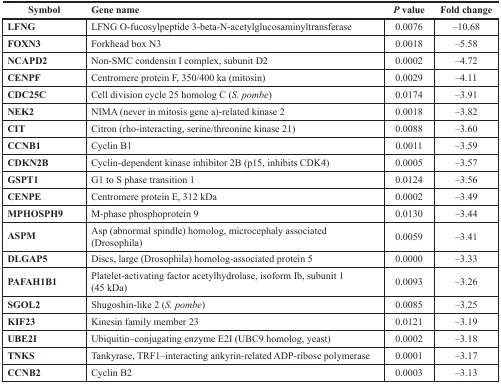
| Symbol | Gene name | P value | Fold change |
 | --- | --- | --- | --- |
 | LFNG | LFNG O-fucosylpeptide 3-beta-N-acetylglucosaminyltransferase | 0.0076 | −10.68 |
 | FOXN3 | Forkhead box N3 | 0.0018 | −5.58 |
 | NCAPD2 | Non-SMC condensin I complex, subunit D2 | 0.0002 | −4.72 |
 | CENPF | Centromere protein F, 350/400 ka (mitosin) | 0.0029 | −4.11 |
 | CDC25C | Cell division cycle 25 homolog C (S. pombe) | 0.0174 | −3.91 |
 | NEK2 | NIMA (never in mitosis gene a)-related kinase 2 | 0.0018 | −3.82 |
 | CIT | Citron (rho-interacting, serine/threonine kinase 21) | 0.0088 | −3.60 |
 | CCNB1 | Cyclin B1 | 0.0011 | −3.59 |
 | CDKN2B | Cyclin-dependent kinase inhibitor 2B (p15, inhibits CDK4) | 0.0005 | −3.57 |
 | GSPT1 | G1 to S phase transition 1 | 0.0124 | −3.56 |
 | CENPE | Centromere protein E, 312 kDa | 0.0002 | −3.49 |
 | MPHOSPH9 | M-phase phosphoprotein 9 | 0.0130 | −3.44 |
 | ASPM | Asp (abnormal spindle) homolog, microcephaly associated (Drosophila) | 0.0059 | −3.41 |
 | DLGAP5 | Discs, large (Drosophila) homolog-associated protein 5 | 0.0000 | −3.33 |
 | PAFAH1B1 | Platelet-activating factor acetylhydrolase, isoform Ib, subunit 1 (45 kDa) | 0.0093 | −3.26 |
 | SGOL2 | Shugoshin-like 2 (S. pombe) | 0.0085 | −3.25 |
 | KIF23 | Kinesin family member 23 | 0.0121 | −3.19 |
 | UBE2I | Ubiquitin–conjugating enzyme E2I (UBC9 homolog, yeast) | 0.0002 | −3.18 |
 | TNKS | Tankyrase, TRF1–interacting ankyrin-related ADP-ribose polymerase | 0.0001 | −3.17 |
 | CCNB2 | Cyclin B2 | 0.0003 | −3.13 |